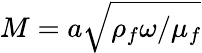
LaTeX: M=a\sqrt{\rho_{f}\omega/\mu_{f}}